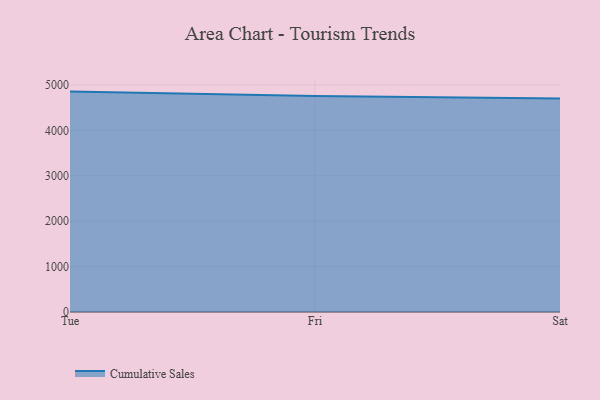
{"axis": {"x": "Day", "y": "Latency (ms)"}, "legend": ["Cumulative Sales"], "data": [{"x": "Tue", "y": 4855.2, "type": "Cumulative Sales"}, {"x": "Fri", "y": 4757.5, "type": "Cumulative Sales"}, {"x": "Sat", "y": 4701.9, "type": "Cumulative Sales"}]}